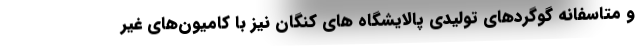
و متاسفانه گوگردهای تولیدی پالایشگاه های کنگان نیز با کامیون‌های غیر